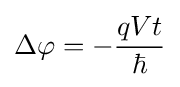
\Delta \varphi =-{\frac {qVt}{\hbar }}